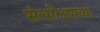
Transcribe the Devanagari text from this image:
सेल्सीअसच्या